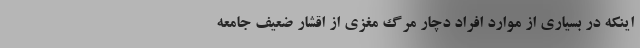
اینکه در بسیاری از موارد افراد دچار مرگ مغزی از اقشار ضعیف جامعه